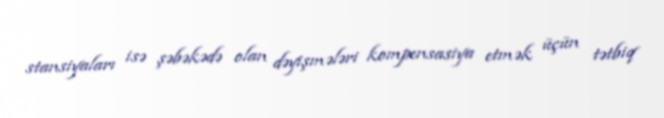
stansiyaları isə şəbəkədə olan dəyişmələri kompensasiya etmək üçün tətbiq